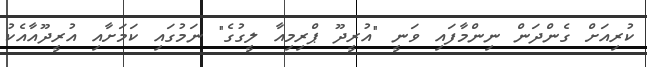
ކުރިއަށް ގެންދަން ނިންމާފައި ވަނީ "އުރީދޫ ޕްރިމިއާ ލީގުގެ" ނަމުގައި ކަމަށާއި އުރީދޫއާއެކު